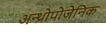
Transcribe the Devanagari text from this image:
अन्थ्रोपोजेनिक